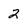
Character: 2